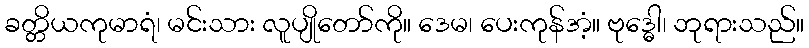
ခတ္တိယကုမာရံ၊ မင်းသား လူပျိုတော်ကို။ ဒေမ၊ ပေးကုန်အံ့။ ဗုဒ္ဓေါ၊ ဘုရားသည်။